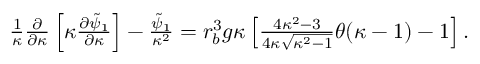
\begin{array} { r } { \frac { 1 } { \kappa } \frac { \partial } { \partial \kappa } \left[ \kappa \frac { \partial \tilde { \psi } _ { 1 } } { \partial \kappa } \right] - \frac { \tilde { \psi } _ { 1 } } { \kappa ^ { 2 } } = r _ { b } ^ { 3 } g \kappa \left[ \frac { 4 \kappa ^ { 2 } - 3 } { 4 \kappa \sqrt { \kappa ^ { 2 } - 1 } } \theta ( \kappa - 1 ) - 1 \right] . } \end{array}